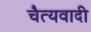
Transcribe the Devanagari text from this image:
चैत्यवादी